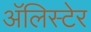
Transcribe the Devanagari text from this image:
अॅलिस्टेर